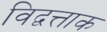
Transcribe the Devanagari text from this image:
विद्वत्ताक